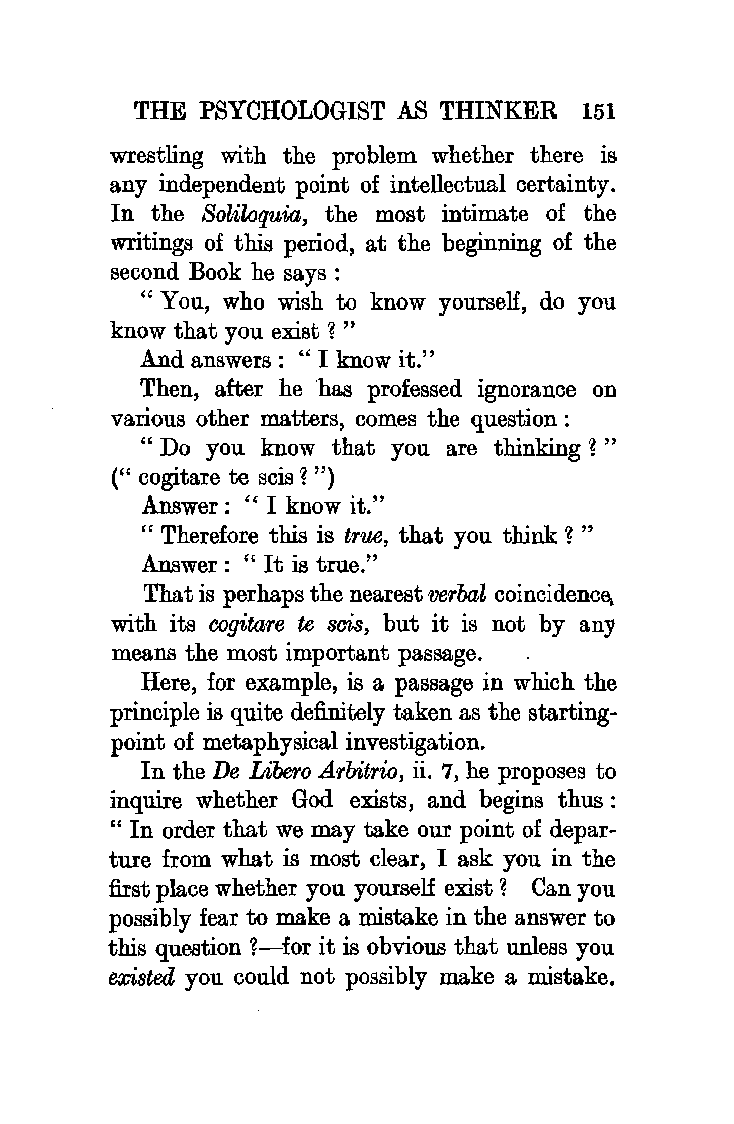
THE PSYCHOLOGIST AS THINKER   151
 wrestling with the problem whether there is
 any independent point of intellectual certainty.
 In the Soliloquia, the most intimate of the
 writings of this period, at the beginning of the
 second Book he says :
 " You, who wish to know yourself, do you
 know that you exist?"
 And answers : " I know it."
 Then, after he 'has professed ignorance on
 various other matters, comes the question :
 " Do you know that you are thinking ? "
 (" cogitare te scis ? ")
 Answer: "I know it."
 "Therefore this is true, that you think? "
 Answer: "It is true."
 That is perhaps the nearest verbal coincidence;
 with its cogitare te scis, but it is not by any
 means the most important passage.
 Here, for example, is a passage in which the
 principle is quite definitely taken as the starting
 point of metaphysical investigation.
 In the De Libero Arbitrio, ii. 7, he proposes to
 inquire whether God exists, and begins thus :
 "In order that we may take our point of depar
 ture from what is most clear, I ask you in the
 first place whether you yourself exist ? Can you
 possibly fear to make a mistake in the answer to
 this question ?-for it is obvious that unless you
 existed you could not possibly make a mistake.